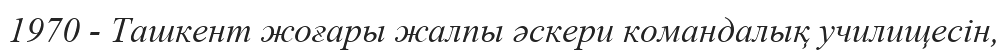
1970 - Ташкент жоғары жалпы әскери командалық училищесін,